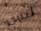
ليس